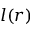
l ( r )